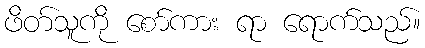
ဖိတ်သူကို စော်ကား ရာ ရောက်သည်။